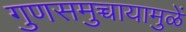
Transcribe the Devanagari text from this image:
गुणसमुच्चायामुळें